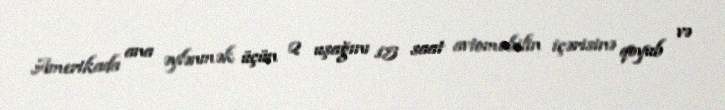
Amerikada ana əylənmək üçün 2 uşağını 15 saat avtomobilin içərisinə qoyub və